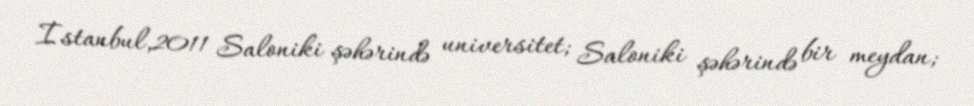
İstanbul,2011 Saloniki şəhərində universitet; Saloniki şəhərində bir meydan;